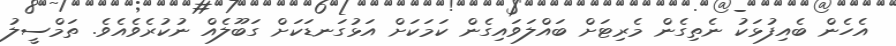
އެހެން ބެއިފުޅަކު ނެތިގެން މެރިޓަށް ބައްލަވައިގެން ކަމަކަށް އަޅުގަނޑަކަށް ގަބޫލެއް ނުކުރެވެއެވެ. ތަމްސީލު